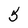
Character: 5